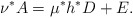
\begin{align*}\nu^* A = \mu^* h^*D + E.\end{align*}